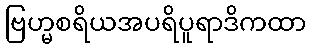
ဗြဟ္မစရိယအပရိပူရာဒိကထာ